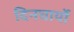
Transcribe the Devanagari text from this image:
दिनचार्यो